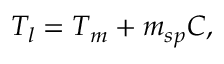
T _ { l } = T _ { m } + m _ { s p } C ,